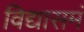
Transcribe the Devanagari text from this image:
विद्यासमं